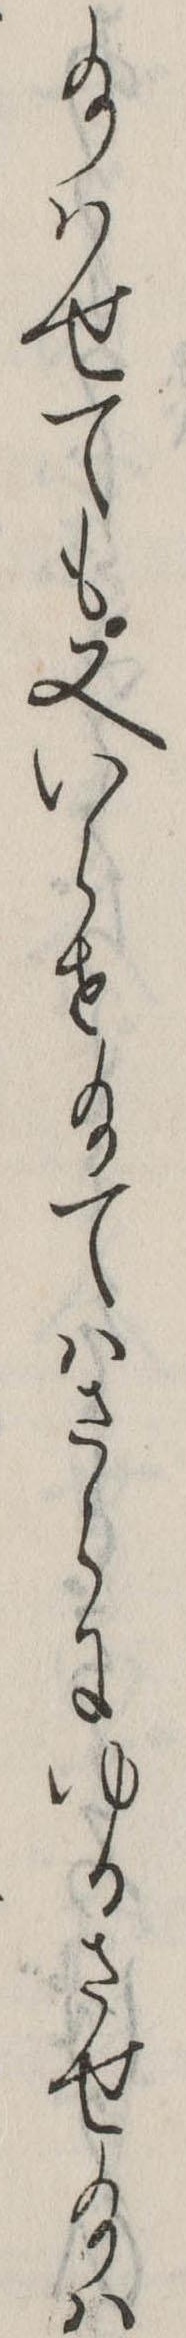
給はせても又いらせ給てはさらにゆるさせ給は